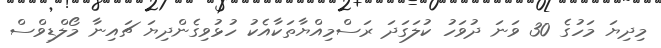
މިދިޔަ މަހުގެ 30 ވަނަ ދުވަހު ކުލަގަދަ ރަސްމިއްޔާތަކާއެކު ހުޅުވިގެންދިޔަ ޗައިނާ މޯލްޑިވްސް